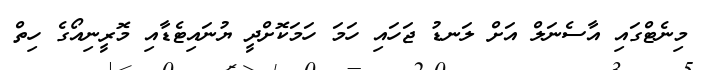
މިނެޓްގައި އާސެނަލް އަށް ލަނޑު ޖަހައި ހަމަ ހަމަކޮށްދީ ޔުނައިޓެޑާއި މޮރީނިއޯގެ ހިތް